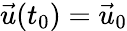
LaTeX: \vec{u}(t_{0})=\vec{u}_{0}